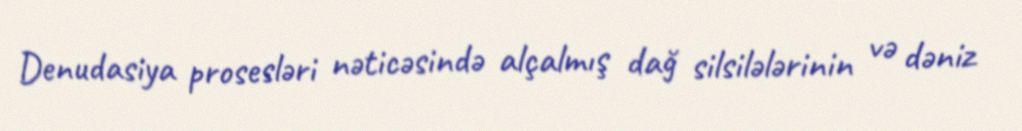
Denudasiya prosesləri nəticəsində alçalmış dağ silsilələrinin və dəniz